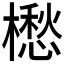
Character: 𣜷